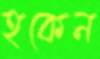
হকেন